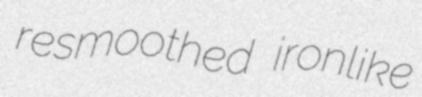
resmoothed ironlike